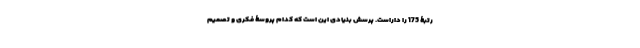
رتبۀ 175 را داراست. پرسش بنیادی این است که کدام پروسۀ فکری و تصمیم